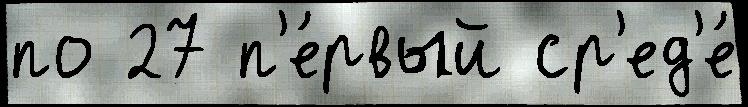
по 27 п'е́рвый ср'ед'е́